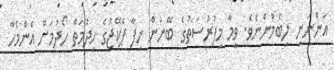
އަންނަނީ ލިބެމުންނެވެ. ވީމާ މިފުރުސަތުގެ ބޭނުން ހިފާ ޕެކޭޖުގެ ހިދުމަތް ހޯދުމަށް އެންމެހާ